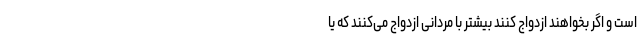
است و اگر بخواهند ازدواج کنند بیشتر با مردانی ازدواج می‌کنند که یا